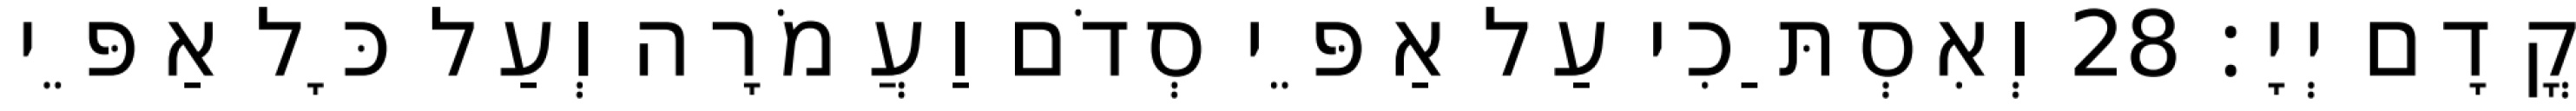
קֳדָם יְיָ׃ 28 וְאִסְתַּכִי עַל אַפֵּי סְדֹם וַעֲמֹרָה וְעַל כָּל אַפֵּי